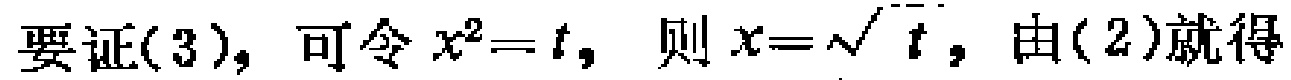
要证(3)，可令\(x^{2}=t\)，则\(x = \sqrt{t}\)，由(2)就得